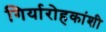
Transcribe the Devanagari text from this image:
गिर्यारोहकांशी